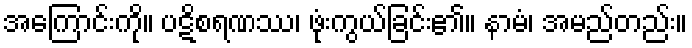
အကြောင်းကို။ ပဋိစရဏဿ၊ ဖုံးကွယ်ခြင်း၏။ နာမံ၊ အမည်တည်း။